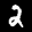
Label: 2